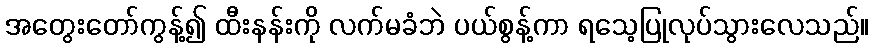
အတွေးတော်ကွန့်၍ ထီးနန်းကို လက်မခံဘဲ ပယ်စွန့်ကာ ရသေ့ပြုလုပ်သွားလေသည်။